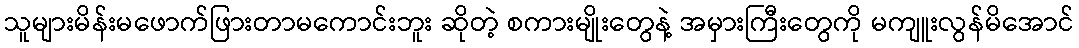
သူများမိန်းမဖောက်ဖြားတာမကောင်းဘူး ဆိုတဲ့ စကားမျိုးတွေနဲ့ အမှားကြီးတွေကို မကျူးလွန်မိအောင်